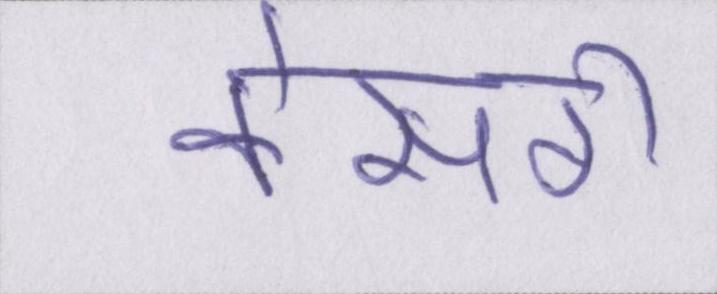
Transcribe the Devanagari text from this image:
केसरी